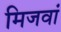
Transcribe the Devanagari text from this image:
मिजवां